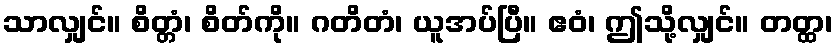
သာလျှင်။ စိတ္တံ၊ စိတ်ကို။ ဂတိတံ၊ ယူအပ်ပြီ။ ဧဝံ၊ ဤသို့လျှင်။ တတ္ထ၊